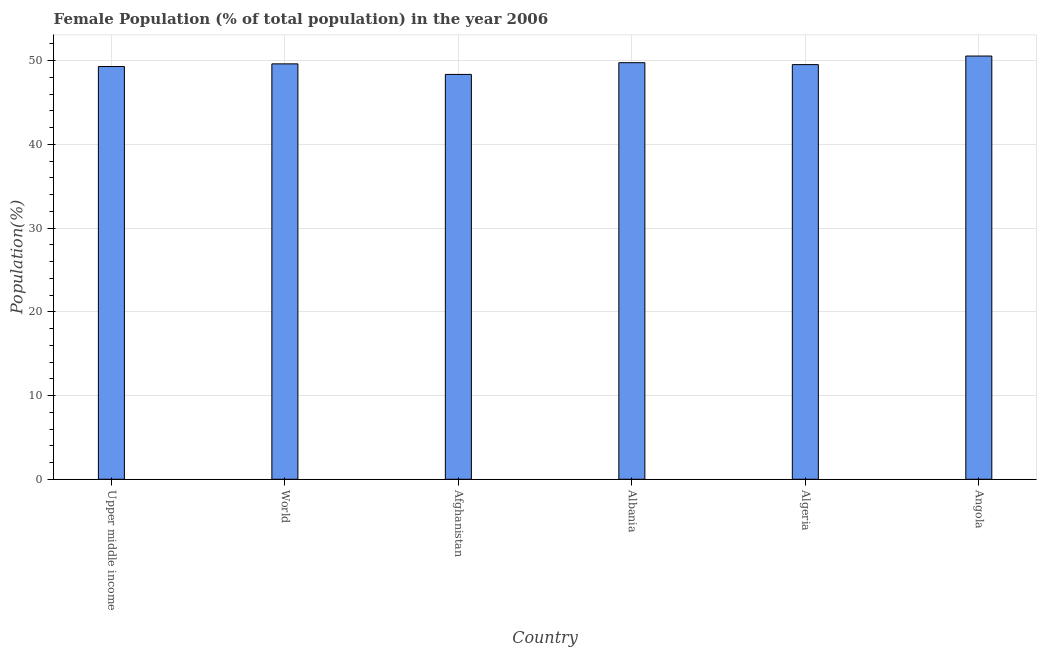
| Country | Female |
 | --- | --- |
 | Upper middle income | 49.3 |
 | World | 49.6 |
 | Afghanistan | 48.3 |
 | Albania | 49.7 |
 | Algeria | 49.5 |
 | Angola | 50.5 |